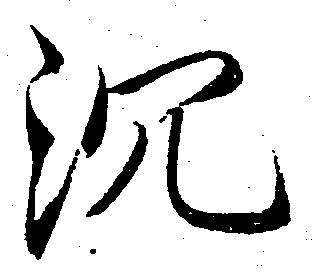
沉